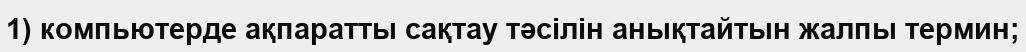
1) компьютерде ақпаратты сақтау тәсілін анықтайтын жалпы термин;